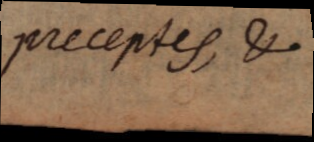
preceptes, &